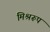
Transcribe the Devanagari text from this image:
मिश्ररूप